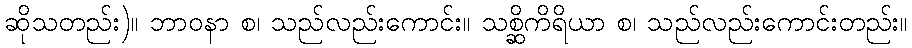
ဆိုသတည်း)။ ဘာဝနာ စ၊ သည်လည်းကောင်း။ သစ္ဆိကိရိယာ စ၊ သည်လည်းကောင်းတည်း။